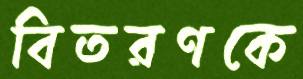
বিতরণকে